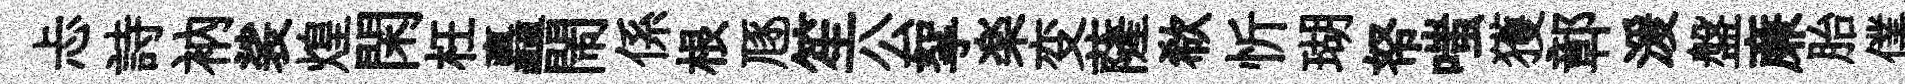
忐詩衲裟煌閑枉矗閙係根豗笙公挐楽变薩欷忻瑚帑嗤獲鄣湲盤亷胎僕